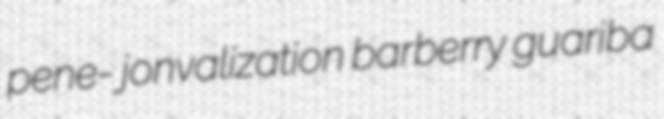
pene- jonvalization barberry guariba